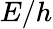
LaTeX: E/h